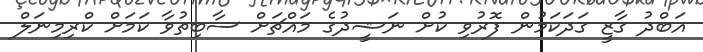
އަބްދު ގާޒީ ގަދަކަމުން ފޮރުވި ކުށް ނަޝީދުގެ މައްޗަށް ސާބިތުވާ ކަމަށް ކްރިމިނަލް